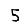
Digit: 5